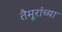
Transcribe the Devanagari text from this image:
तैमूरांच्या